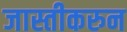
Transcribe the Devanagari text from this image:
जास्तीकरुन